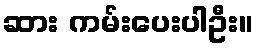
ဆား ကမ်းပေးပါဦး။